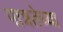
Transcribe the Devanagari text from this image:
पात्रतेच्या